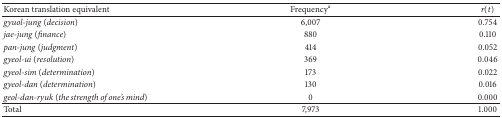
<table><thead><tr><td><b>Korean translation equivalent</b></td><td><b>Frequency<sup>a</sup></b></td><td><b><i>r</i>(<i>t</i>)</b></td></tr></thead><tbody><tr><td><i>gyuol-jung</i> (<i>decision</i>)</td><td>6,007</td><td>0.754</td></tr><tr><td><i>jae-jung</i> (<i>finance</i>)</td><td>880</td><td>0.110</td></tr><tr><td><i>pan-jung</i> (<i>judgment</i>)</td><td>414</td><td>0.052</td></tr><tr><td><i>gyeol-ui</i> (<i>resolution</i>)</td><td>369</td><td>0.046</td></tr><tr><td><i>gyeol-sim</i> (<i>determination</i>)</td><td>173</td><td>0.022</td></tr><tr><td><i>gyeol-dan</i> (<i>determination</i>)</td><td>130</td><td>0.016</td></tr><tr><td><i>geol-dan-ryuk</i> (<i>the strength of one&#x27;s mind</i>)</td><td>0</td><td>0.000</td></tr><tr><td>Total</td><td>7,973</td><td>1.000</td></tr></tbody></table>